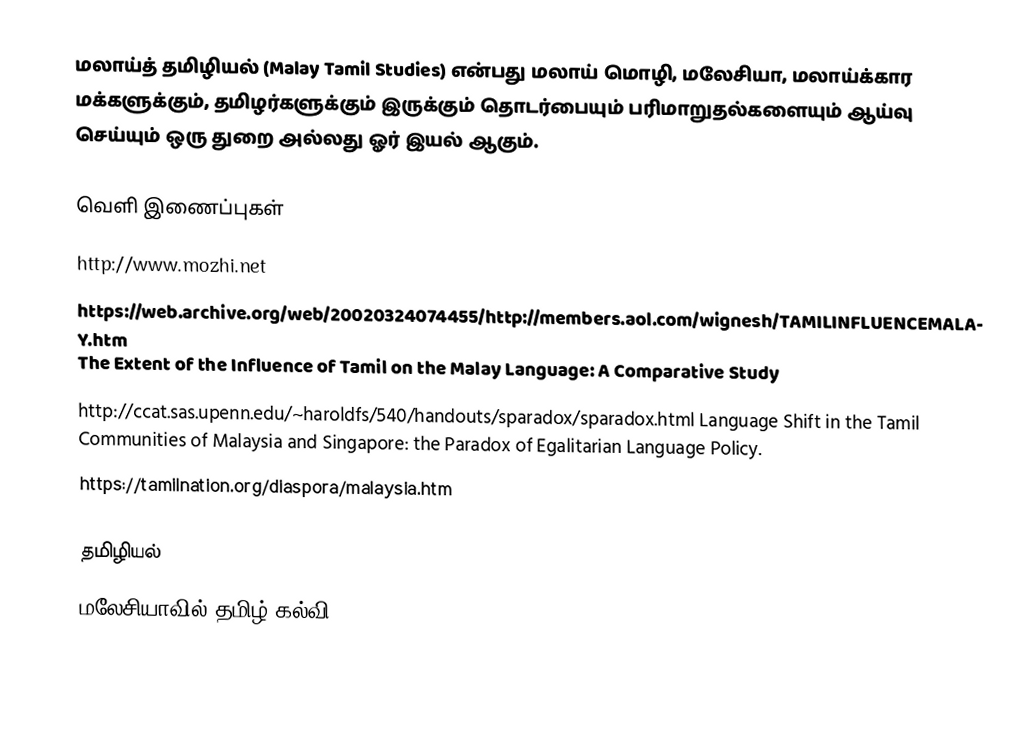
மலாய்த் தமிழியல் (Malay Tamil Studies) என்பது மலாய் மொழி, மலேசியா, மலாய்க்கார மக்களுக்கும், தமிழர்களுக்கும் இருக்கும் தொடர்பையும் பரிமாறுதல்களையும் ஆய்வு செய்யும் ஒரு துறை அல்லது ஓர் இயல் ஆகும்.

வெளி இணைப்புகள்
 http://www.mozhi.net
 https://web.archive.org/web/20020324074455/http://members.aol.com/wignesh/TAMILINFLUENCEMALAY.htm The Extent of the Influence of Tamil on the Malay Language: A Comparative Study
 http://ccat.sas.upenn.edu/~haroldfs/540/handouts/sparadox/sparadox.html Language Shift in the Tamil Communities of Malaysia and Singapore: the Paradox of Egalitarian Language Policy.
 https://tamilnation.org/diaspora/malaysia.htm

தமிழியல்
மலேசியாவில் தமிழ் கல்வி